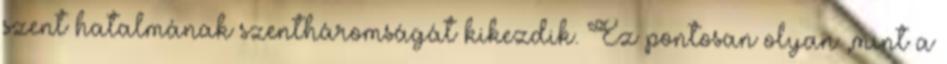
szent hatalmának szentháromságát kikezdik. Ez pontosan olyan ,mint a